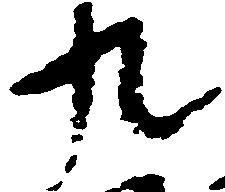
九